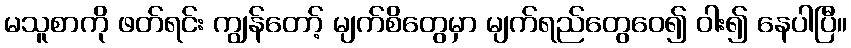
မသူစာကို ဖတ်ရင်း ကျွန်တော့် မျက်စိတွေမှာ မျက်ရည်တွေဝေ၍ ဝါး၍ နေပါပြီ။